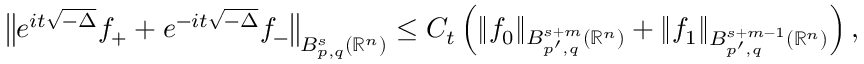
\big \Vert e ^ { i t \sqrt { - \Delta } } f _ { + } + e ^ { - i t \sqrt { - \Delta } } f _ { - } \big \Vert _ { B _ { p , q } ^ { s } ( \mathbb { R } ^ { n } ) } \leq C _ { t } \left( \Vert f _ { 0 } \Vert _ { B _ { p ^ { \prime } , q } ^ { s + m } ( \mathbb { R } ^ { n } ) } + \Vert f _ { 1 } \Vert _ { B _ { p ^ { \prime } , q } ^ { s + m - 1 } ( \mathbb { R } ^ { n } ) } \right) ,